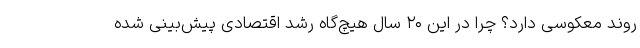
روند معکوسی دارد؟ چرا در این ۲۰ سال هیچ‌گاه رشد اقتصادی پیش‌بینی شده